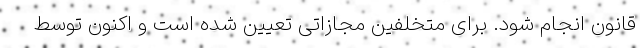
قانون انجام شود. برای متخلفین مجازاتی تعیین شده است و اکنون توسط